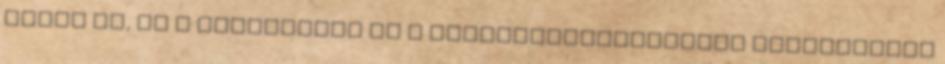
adhat le, de a helybeliek és a nyaralótulajdonosok korlátozott